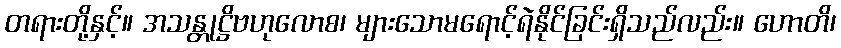
တရားတို့နှင့်။ အသန္တုဋ္ဌိဗဟုလောစ၊ များသောမရောင့်ရဲနိုင်ခြင်းရှိသည်လည်း။ ဟောတိ၊